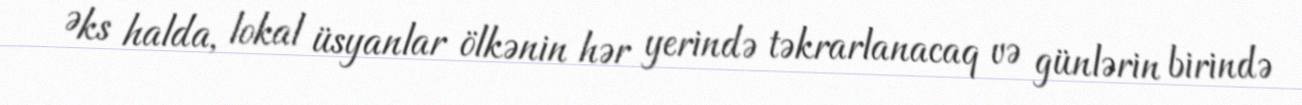
Əks halda, lokal üsyanlar ölkənin hər yerində təkrarlanacaq və günlərin birində